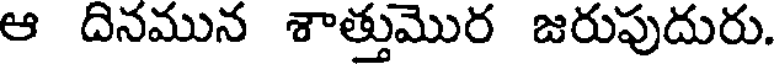
ఆ దినమున శాత్తుమొర జరుపుదురు.